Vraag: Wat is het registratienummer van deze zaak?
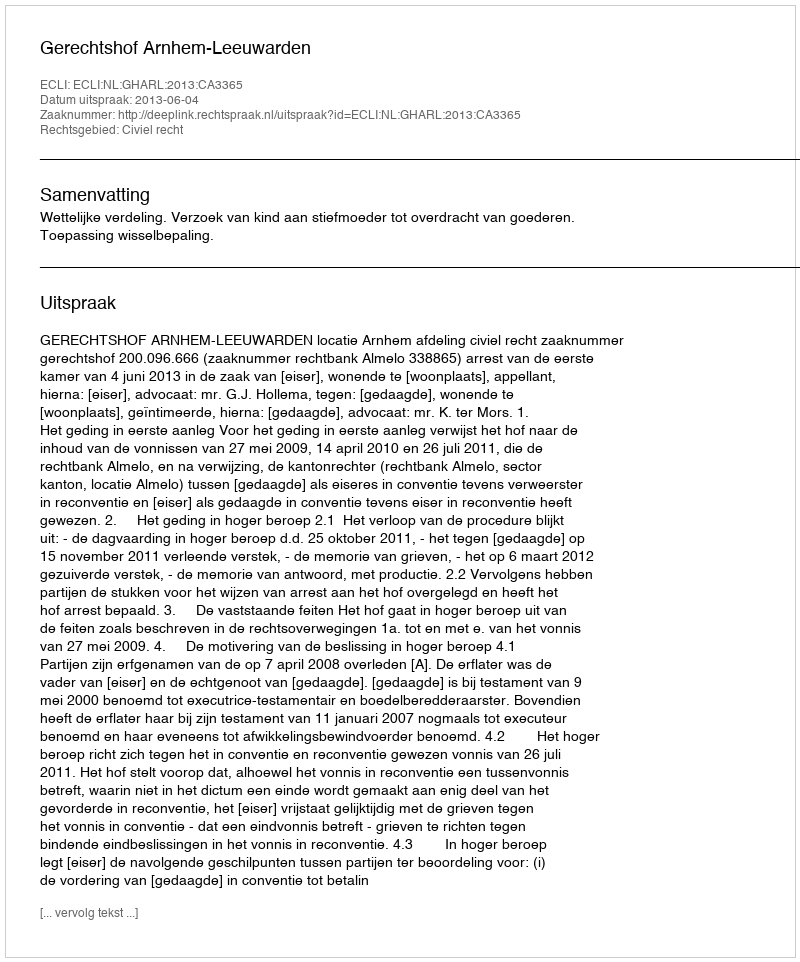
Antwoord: http://deeplink.rechtspraak.nl/uitspraak?id=ECLI:NL:GHARL:2013:CA3365